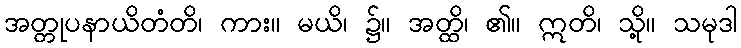
အတ္တုပနာယိတံတိ၊ ကား။ မယိ၊ ၌။ အတ္ထိ၊ ၏။ ဣတိ၊ သို့။ သမုဒါ